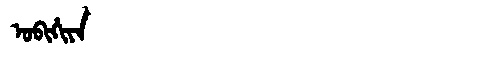
Manchu: ᠣᠪᡳᡥᡳᠶᠠ
Romanization: OBIHIYA